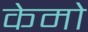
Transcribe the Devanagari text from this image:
केमो